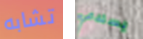
تشابه يستدعي